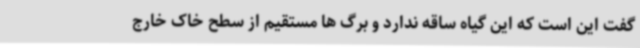
گفت این است که این گیاه ساقه ندارد و برگ ها مستقیم از سطح خاک خارج